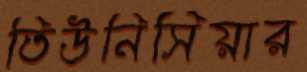
তিউনিসিয়ার